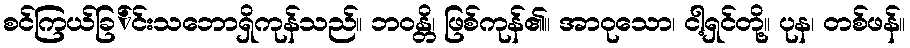
စင်ကြယ်ခြ်င်းသဘောရှိကုန်သည်။ ဘဝန္တိ၊ ဖြစ်ကုန်၏။ အာဝုသော၊ ငါ့ရှင်တို့။ ပုန၊ တစ်ဖန်။